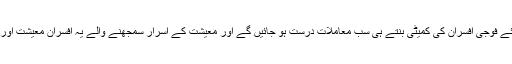
ہمیں امید ہے کہ سیٹھوں کے لئے فوجی افسران کی کمیٹی بنتے ہی سب معاملات درست ہو جائیں گے اور معیشت کے اسرار سمجھنے والے یہ افسران معیشت اور سیٹھوں کو سیدھا کر دیں گے۔